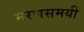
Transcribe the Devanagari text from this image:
मरणसमयी